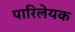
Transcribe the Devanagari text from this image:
पारिलेयक